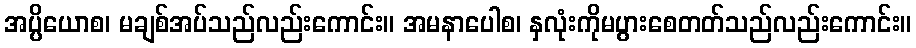
အပ္ပိယောစ၊ မချစ်အပ်သည်လည်းကောင်း။ အမနာပေါစ၊ နှလုံးကိုမပွားစေတတ်သည်လည်းကောင်း။